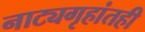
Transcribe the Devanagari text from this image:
नाट्यगृहांतही